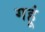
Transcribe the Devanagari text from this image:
गहूं